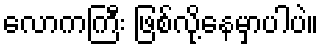
လောကကြီး ဖြစ်လို့နေမှာပါပဲ။